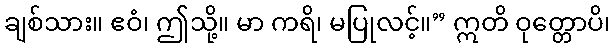
ချစ်သား။ ဧဝံ၊ ဤသို့။ မာ ကရိ၊ မပြုလင့်။” ဣတိ ဝုတ္တောပိ၊